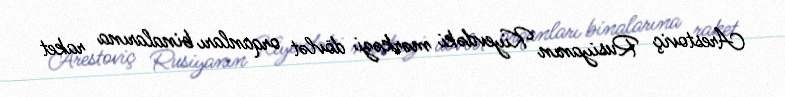
Arestoviç Rusiyanın Kiyevdəki mərkəzi dövlət orqanları binalarına raket